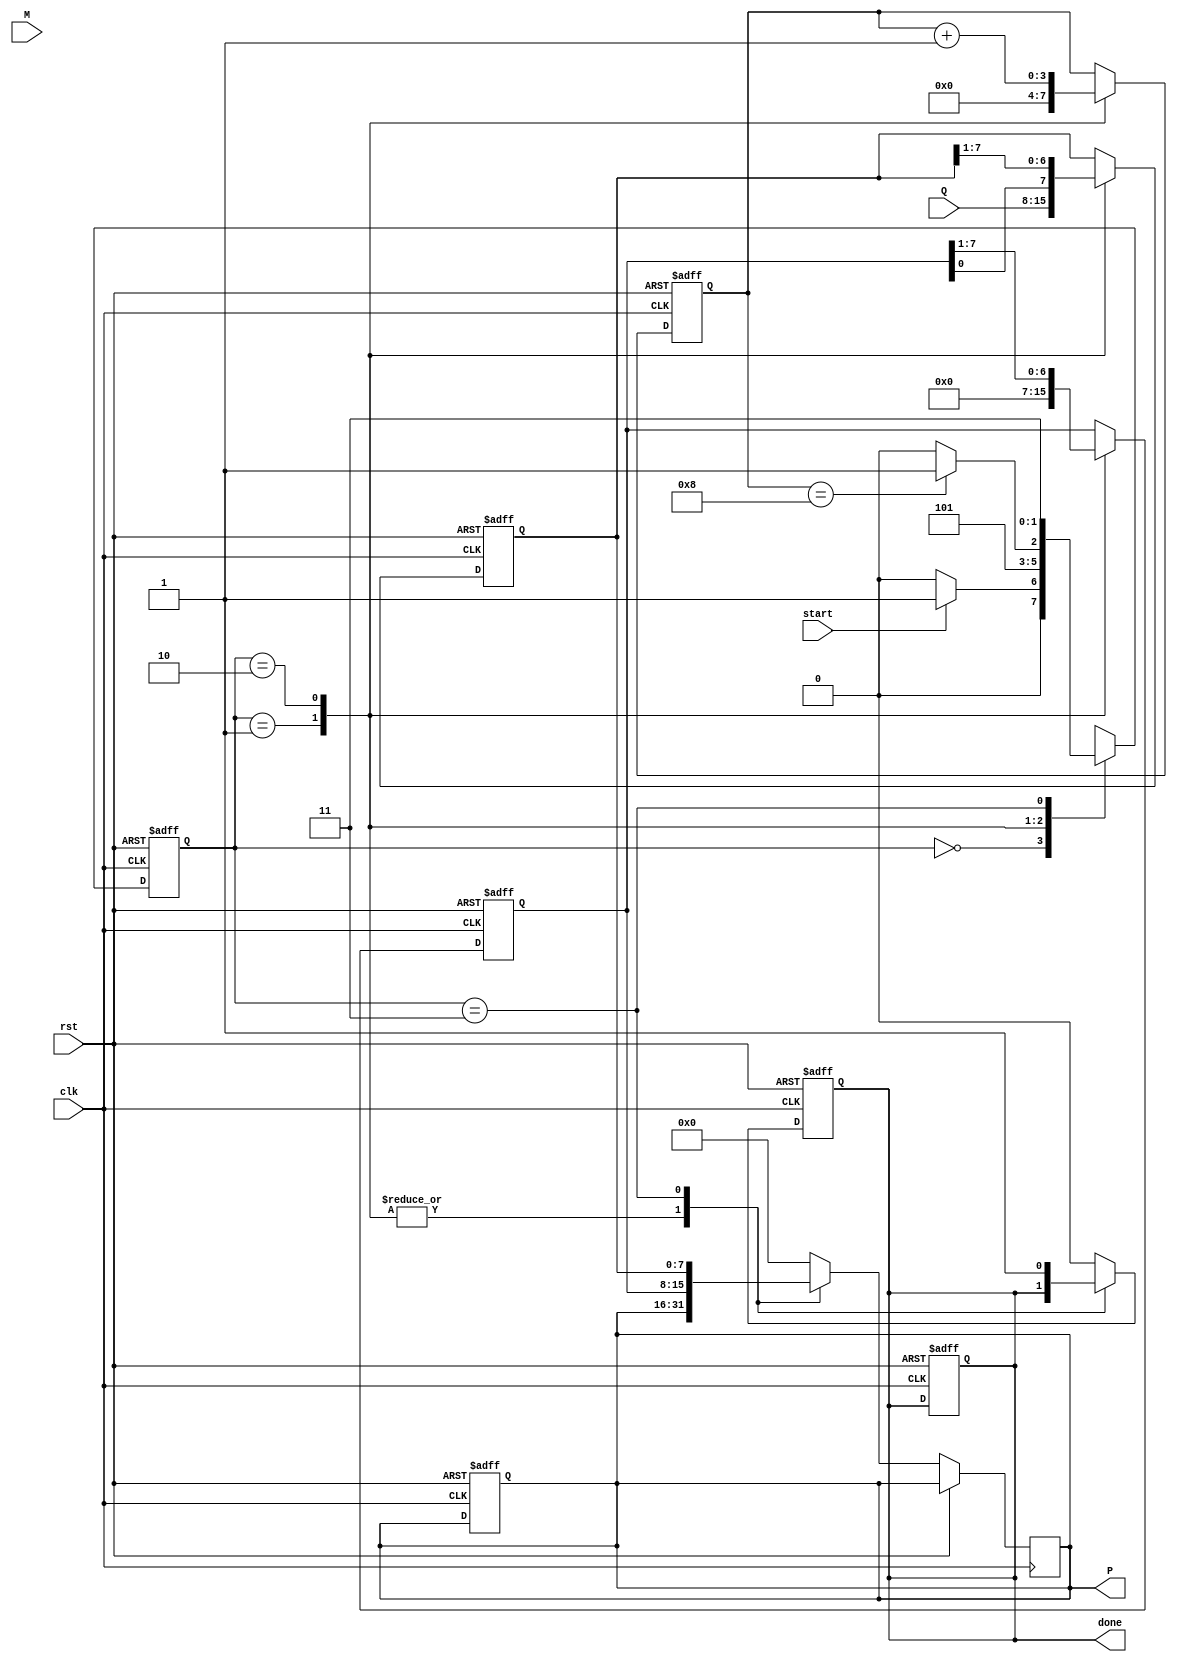
module BoothMultiplier #(parameter n = 8) (
    input wire [n-1:0] M,      // Multiplicand
    input wire [n-1:0] Q,      // Multiplier
    input wire start,           // Control signal to start multiplication
    input wire clk,             // Clock
    input wire rst,             // Reset signal
    output reg [2*n-1:0] P,     // Product (2n bits)
    output reg done             // Indicate completion
);

    reg [n-1:0] Q_reg;          // Q register
    reg [n-1:0] M_reg;          // M register
    reg [n-1:0] A;              // Accumulator
    reg Q_1;                    // Q-1 register
    reg [3:0] count;            // Iteration counter

    // State definitions
    localparam IDLE = 2'b00,
               LOAD = 2'b01,
               EXECUTE = 2'b10,
               DONE = 2'b11;

    reg [1:0] state, next_state;

    // FSM for control logic
    always @(posedge clk or posedge rst) begin
        if (rst) begin
            state <= IDLE;
            done <= 0;
            P <= 0;
        end else begin
            state <= next_state;
        end
    end

    // Next state and output logic
    always @(*) begin
        case (state)
            IDLE: begin
                if (start) begin
                    next_state = LOAD;
                end else begin
                    next_state = IDLE;
                end
            end
            LOAD: begin
                next_state = EXECUTE;
            end
            EXECUTE: begin
                if (count == n) begin
                    next_state = DONE;
                end else begin
                    next_state = EXECUTE;
                end
            end
            DONE: begin
                next_state = DONE;
            end
            default: next_state = IDLE;
        endcase
    end

    // Register initialization
    always @(posedge clk or posedge rst) begin
        if (rst) begin
            A <= 0;
            Q_reg <= 0;
            Q_1 <= 0;
            count <= 0;
            done <= 0;
        end else begin
            case (state)
                LOAD: begin
                    M_reg <= M;         // Load multiplicand
                    Q_reg <= Q;         // Load multiplier
                    Q_1 <= 0;           // Initialize Q-1
                    A <= 0;             // Initialize accumulator
                    count <= 0;         // Reset counter
                end
                EXECUTE: begin
                    // Check last bits of Q and Q-1
                    case ({Q_reg[0], Q_1})
                        2'b01: A <= A - M_reg; // A = A - M
                        2'b10: A <= A + M_reg; // A = A + M
                        default: A <= A;      // No action
                    endcase
                    
                    // Arithmetic right shift
                    {A, Q_reg} <= {A, Q_reg} >> 1; // Shift A and Q together
                    Q_1 <= Q_reg[0];                // Update Q-1
                    count <= count + 1;             // Increment counter
                end
                DONE: begin
                    P <= {A, Q_reg}; // Output the product
                    done <= 1;       // Set done flag
                end
                default: begin
                    P <= 0;          // Default output
                    done <= 0;
                end
            endcase
        end
    end

endmodule